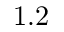
1 . 2